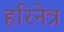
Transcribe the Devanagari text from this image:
हरिनेत्र